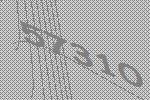
57310